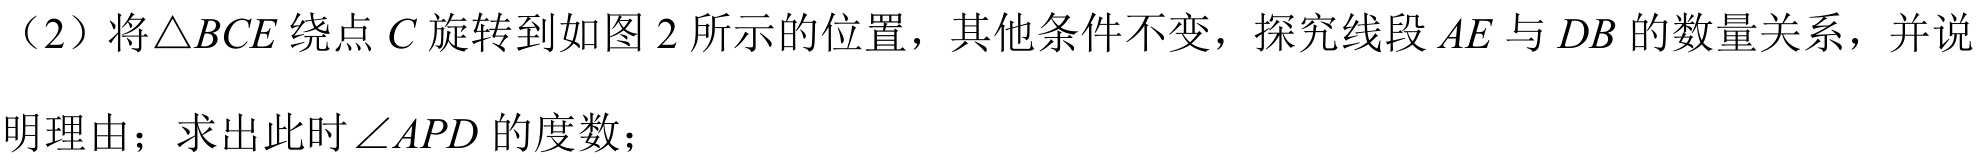
（2）将\(\triangle BCE\)绕点\(C\)旋转到如图 2 所示的位置，其他条件不变，探究线段\(AE\)与\(DB\)的数量关系，并说
明理由；求出此时\(\angle APD\)的度数；